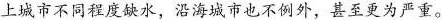
上城市不同程度缺水，沿海城市也不例外，甚至更为严重。